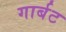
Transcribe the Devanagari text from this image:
गार्बट